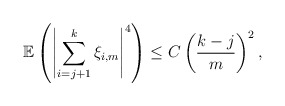
\begin{align*}\mathbb{E} \left( \left\vert \sum_{i=j+1}^{k} \xi_{i,m} \right\vert^{4}\right) \leq C\left( \frac{k-j}{m}\right) ^{2}, \end{align*}